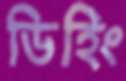
ডিহিং